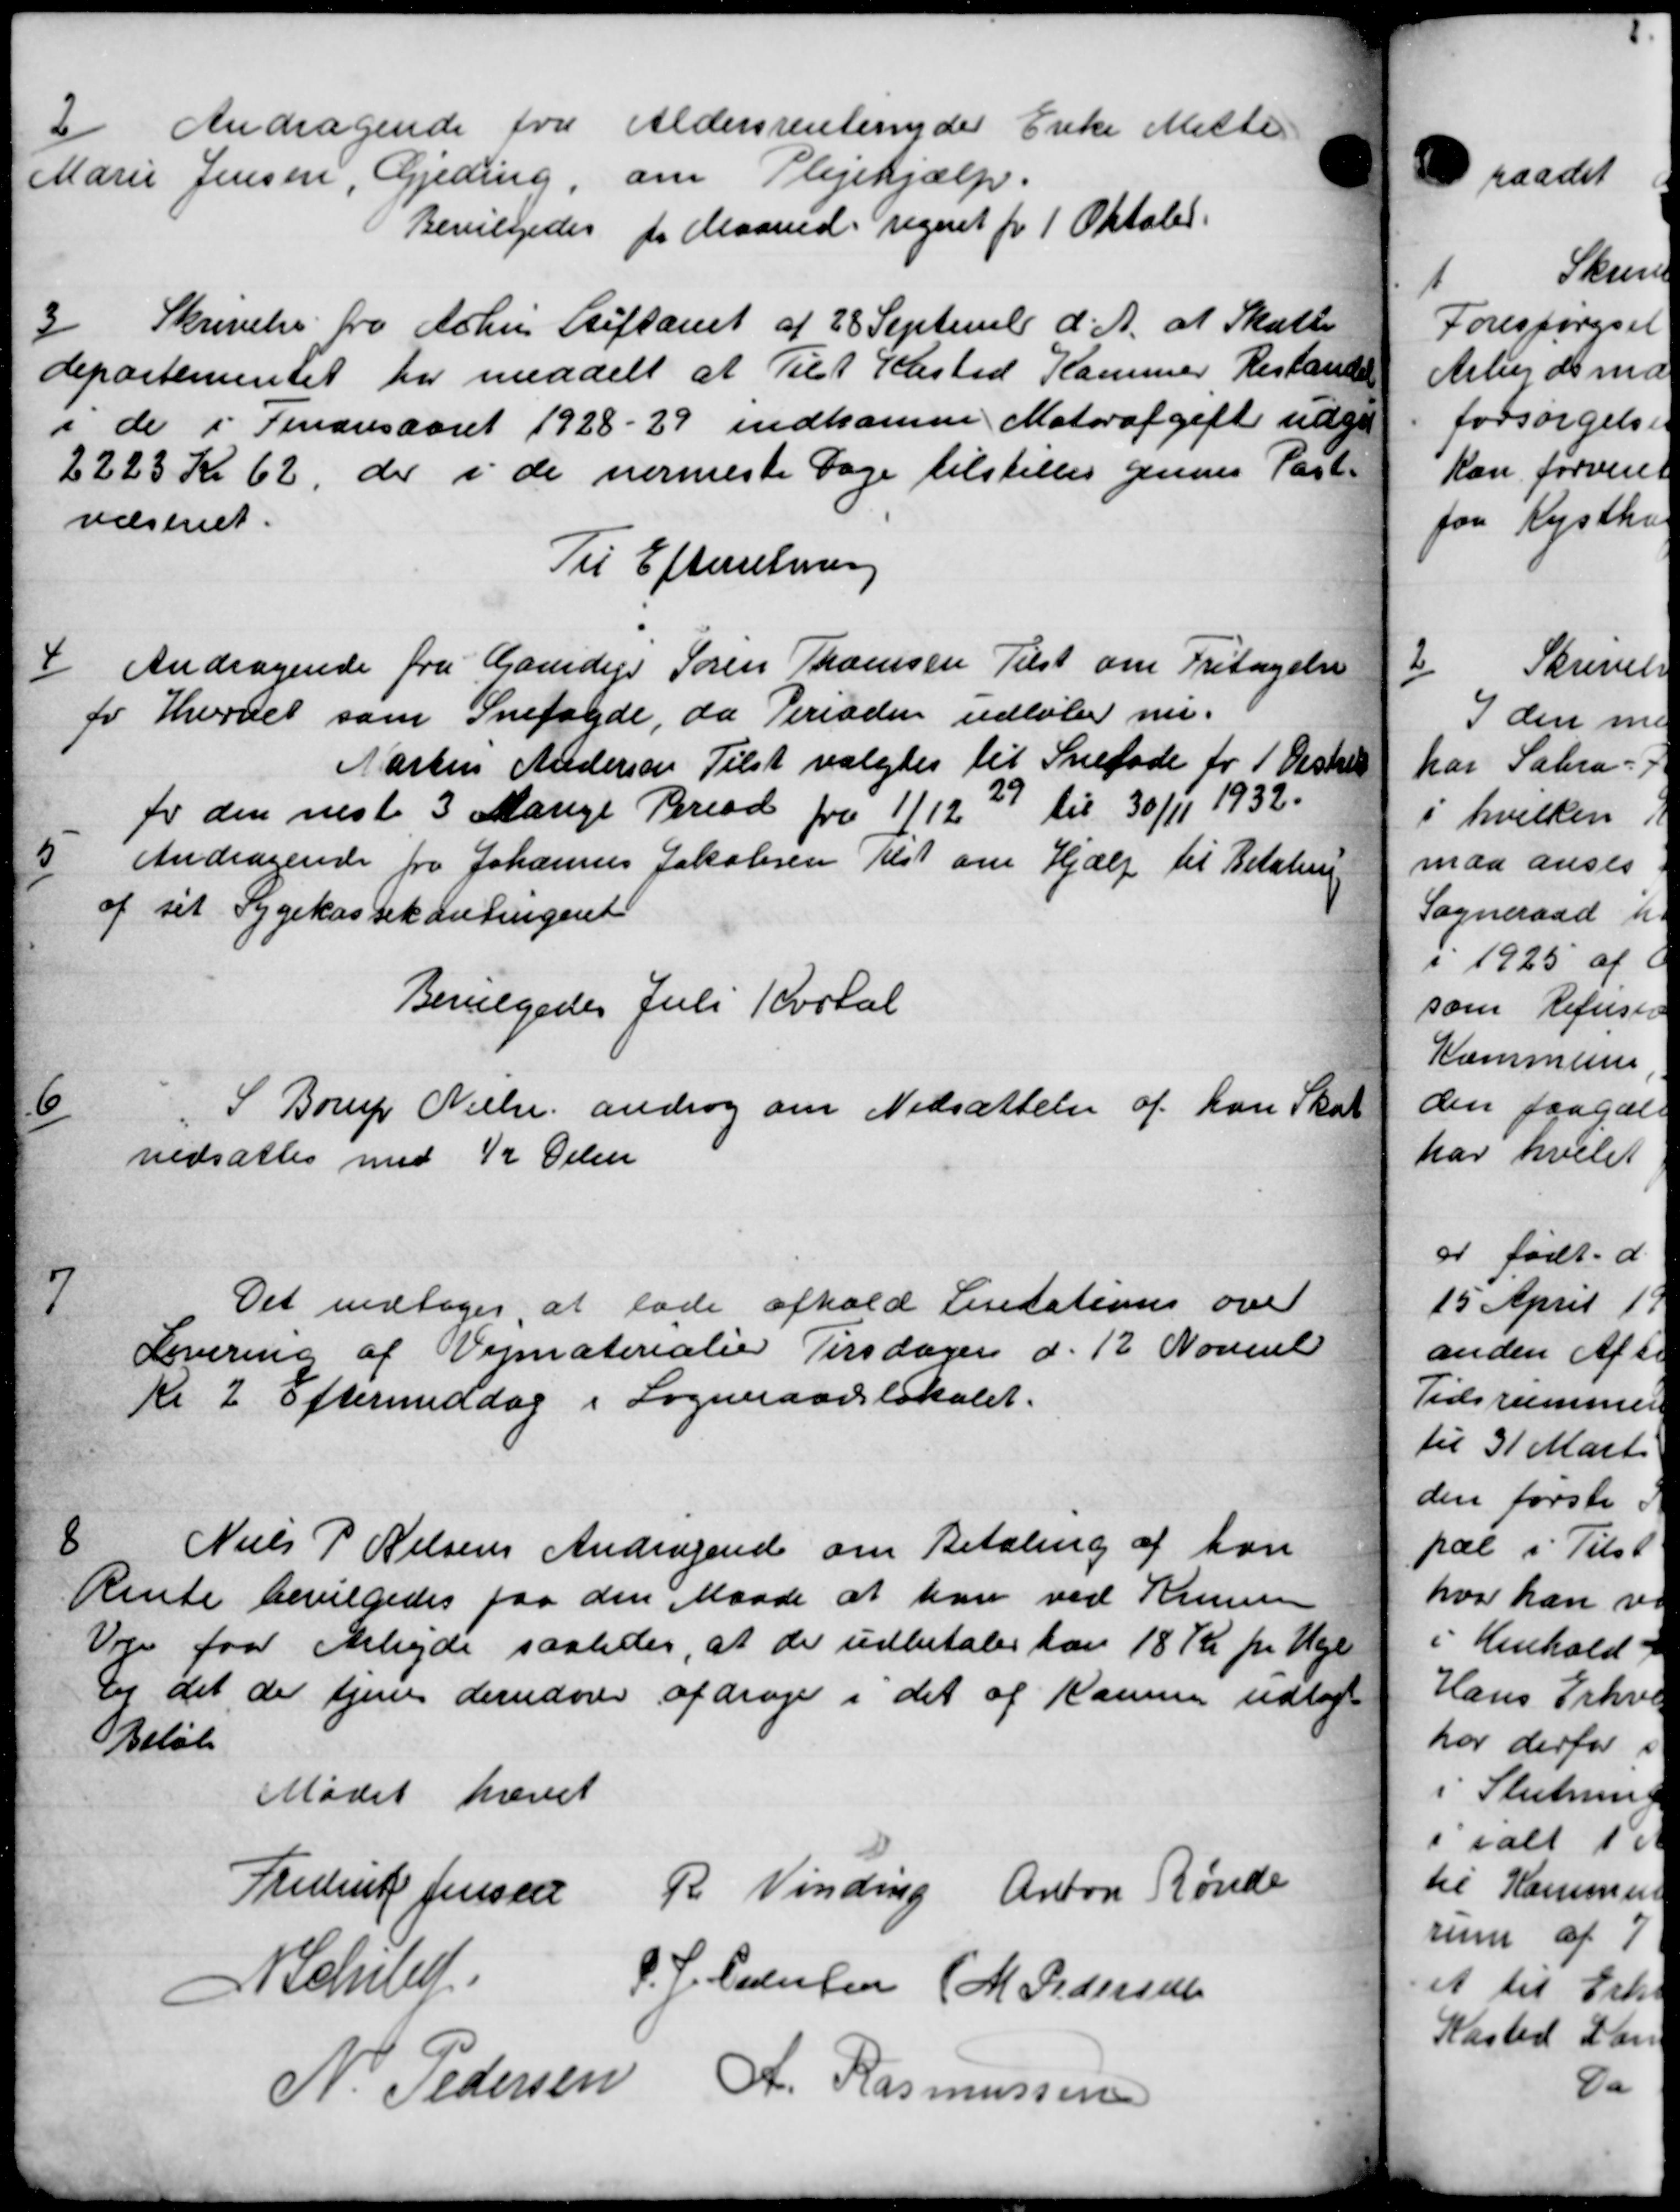
Transskription:
2
Andragende fra Aldersrentenyder Enke Mette
Marie Jensen, Gjeding, om Plejehjælp.
Bevilgedes for Maaned regnet for 1 Oktober
3/
Skrivelse fra Århus Stiftamt af 28 September d. A. at Skatte
departementet har meddelt at Tilst Kasted Kammer Restander
i de i Finansaaret 1928-29 indkomne Motorafgift udgi
2223 Kr 62, der i de nermeste Dage tilstilles gennes Past
væsenet.
Til Efterretning
4
Andragende fra Gaardejer Søren Broensen Tilst om Fritagelse
fo hvervet som Snefogde, da Perioden udløbe nu.
Martin Andersen Tilst valgtes til Sneføde for 1 Distri
for den neste 3 Mange Period fra 1/12 27 til 30/11 1932.
5
Andragende fra Johannes Jakobsen Klst om Hjælp til Betaling
af sit Sygekassekontingent
Bevilgedes Juli Kartal
6
S Borup Nielsen androg om Nedsættelse af han Skat
nedsattes med ½ Delen

Det vedtoges at lade afhold Licitations over
Levering af Vejmaterialie Tirsdagen d. 12 Novemb
Kl 2 Eftermiddag i Sogneraadslokalet.
8
Niels P Nielsens Andragende om Betaling af han
Rente bevilgedes paa den Maade at han ved Krumme
Veje fra Arbejde saaledes, at de udbetales han 18 Kr pr Uge
og det der tjene derudvær afdrage i det af Kammer udlagt
Beløb
Mødet hævet
Frederik Jensen R. Vinding Anton Rønde
N. Schild
P. J. Cedersen M Pedersen
N. Pedersen
A. Rasmussen